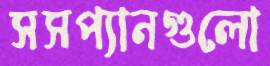
সসপ্যানগুলো